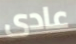
عادى